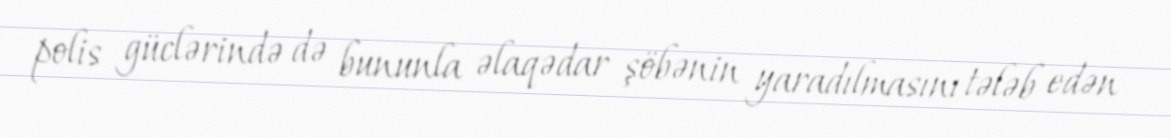
polis güclərində də bununla əlaqədar şöbənin yaradılmasını tələb edən